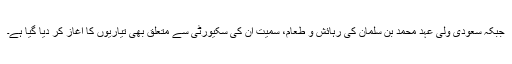
جبکہ سعودی ولی عہد محمد بن سلمان کی رہائش و طعام، سمیت ان کی سکیورٹی سے متعلق بھی تیاریوں کا آغاز کر دیا گیا ہے۔